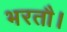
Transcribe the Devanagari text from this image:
भरतौ।